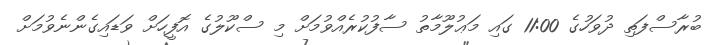
ބުރާސްފަތި ދުވަހުގެ 11:00 ގައި މަޢުލޫމާތު ސާފުކުރެއްވުމަށް މި ސްކޫލުގެ އޮފީހަށް ވަޑައިގެންނެވުމަށް